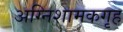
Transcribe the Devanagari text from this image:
अग्निशामकगृह